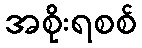
အစိုးရစစ်